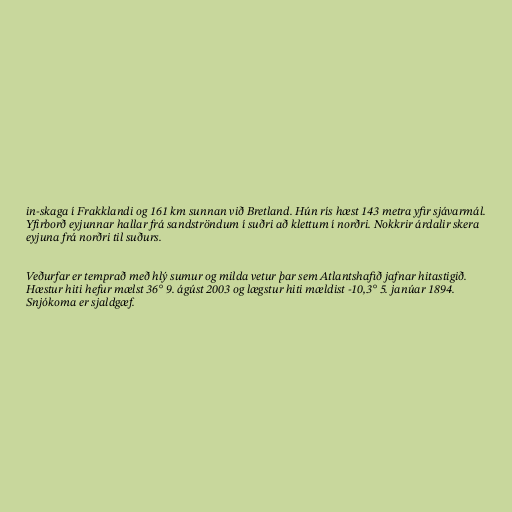
in-skaga í Frakklandi og 161 km sunnan við Bretland. Hún rís hæst 143 metra yfir sjávarmál.
Yfirborð eyjunnar hallar frá sandströndum í suðri að klettum í norðri. Nokkrir árdalir skera
eyjuna frá norðri til suðurs.

Veðurfar er temprað með hlý sumur og milda vetur þar sem Atlantshafið jafnar hitastigið.
Hæstur hiti hefur mælst 36° 9. ágúst 2003 og lægstur hiti mældist -10,3° 5. janúar 1894.
Snjókoma er sjaldgæf.